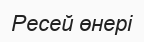
Ресей өнері